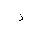
Letter: _dal